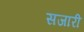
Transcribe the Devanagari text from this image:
सजारी